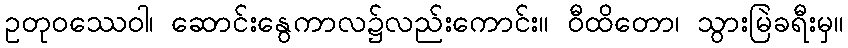
ဥတုဝဿေဝါ၊ ဆောင်းနွေကာလ၌လည်းကောင်း။ ဝီထိတော၊ သွားမြဲခရီးမှ။